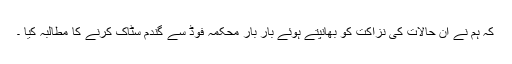
کہ ہم نے ان حالات کی نزاکت کو بھانپتے ہوئے بار بار محکمہ فوڈ سے گندم سٹاک کرنے کا مطالبہ کیا ۔